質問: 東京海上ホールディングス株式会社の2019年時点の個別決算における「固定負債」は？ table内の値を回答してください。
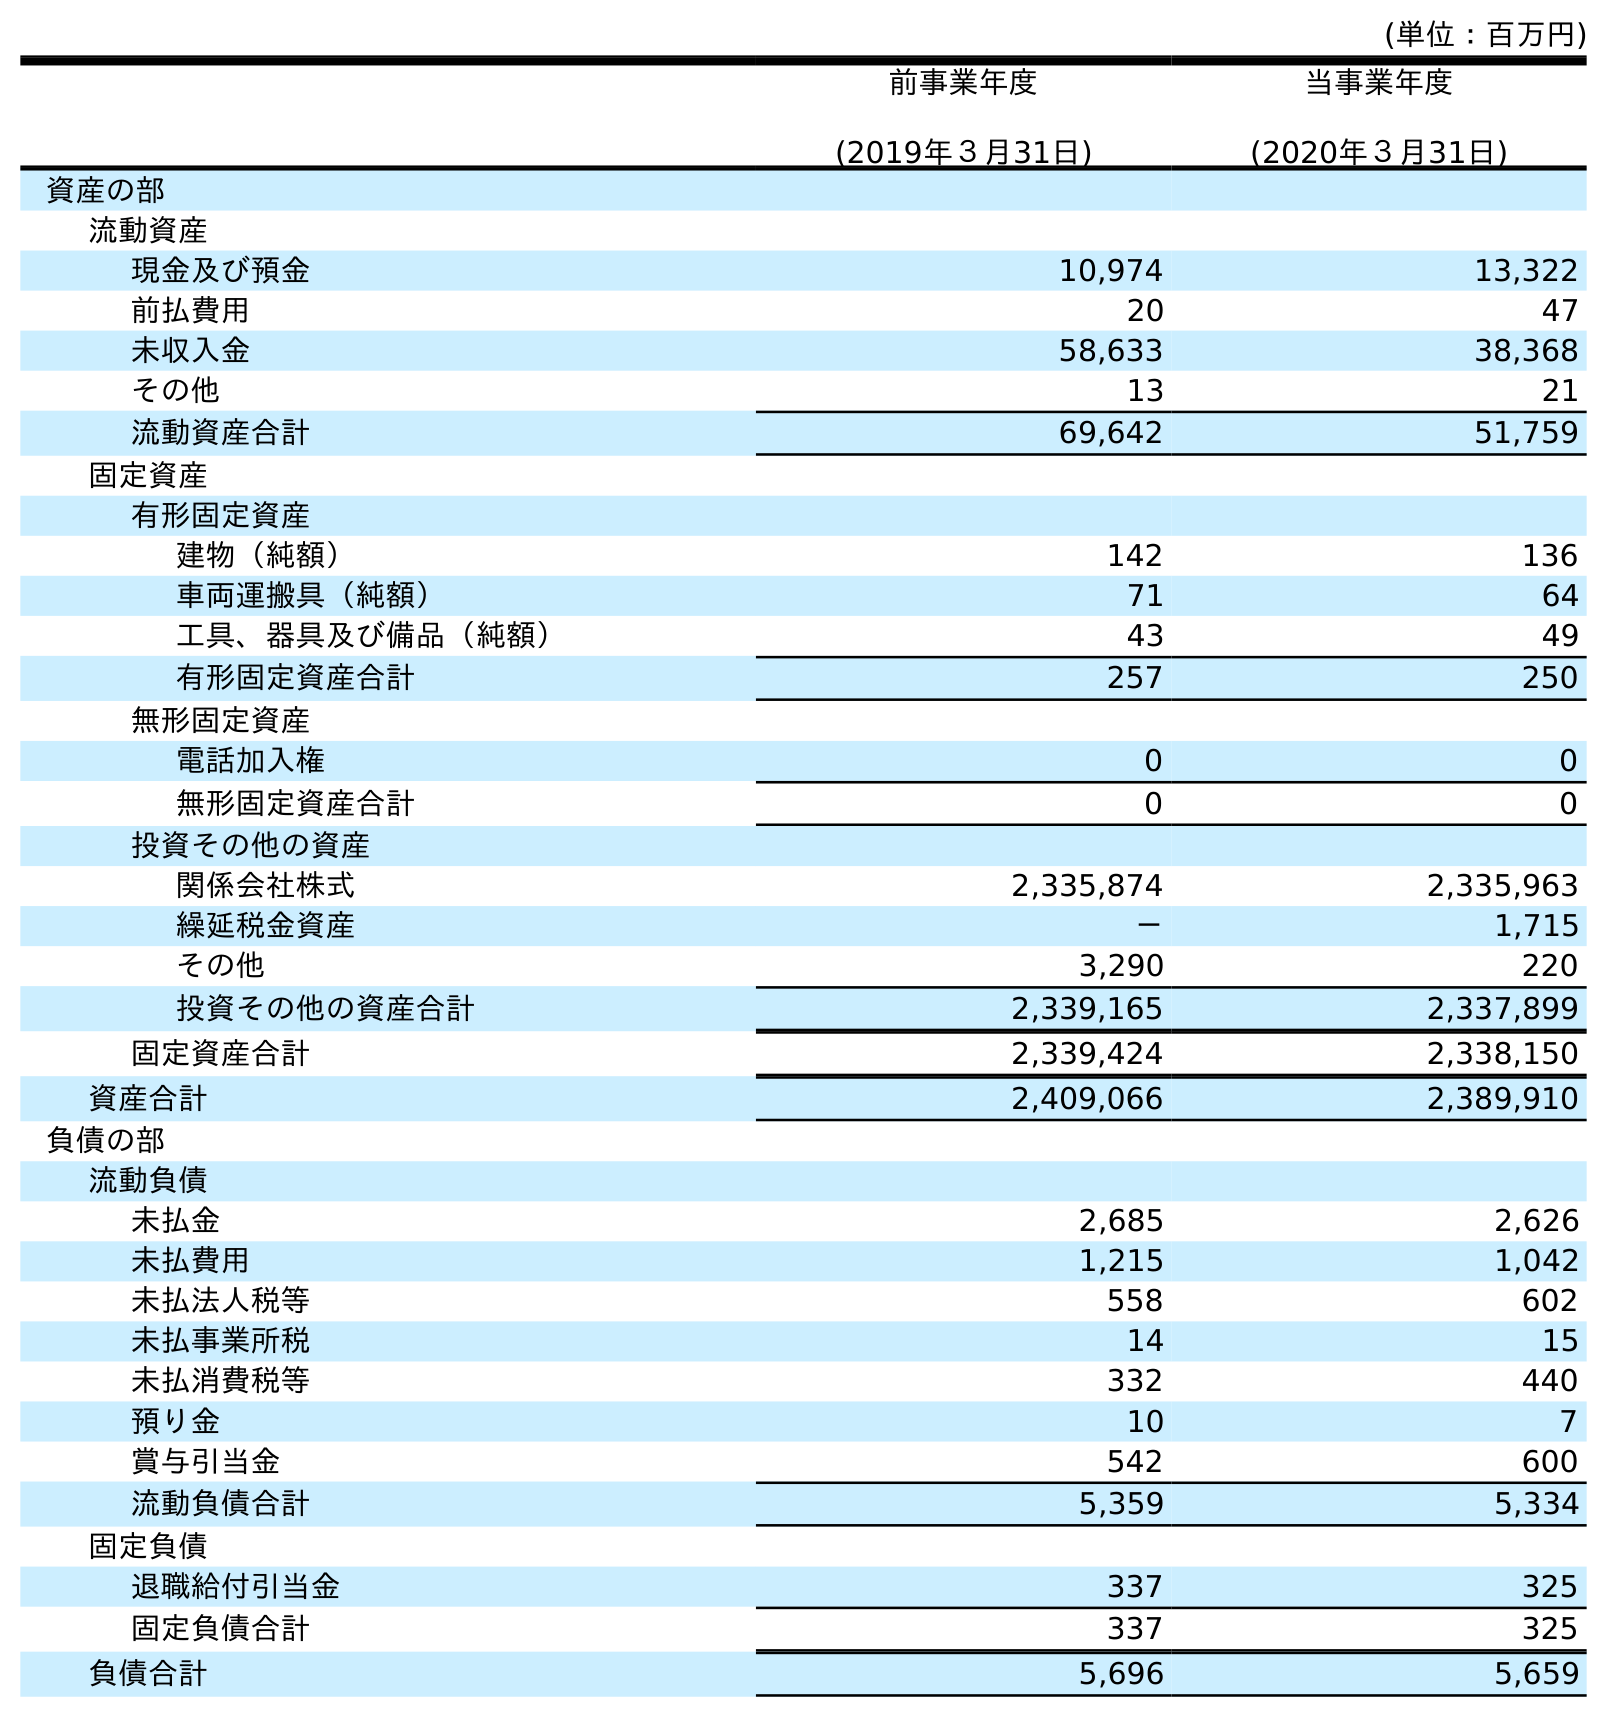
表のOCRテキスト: (単位：百万円) 前事業年度 (2019年３月31日) 当事業年度 (2020年３月31日) 資産の部 流動資産 現金及び預金 10,974 13,322 前払費用 20 47 未収入金 58,633 38,368 その他 13 21 流動資産合計 69,642 51,759 固定資産 有形固定資産 建物（純額） 142 136 車両運搬具（純額） 71 64 工具、器具及び備品（純額） 43 49 有形固定資産合計 257 250 無形固定資産 電話加入権 0 0 無形固定資産合計 0 0 投資その他の資産 関係会社株式 2,335,874 2,335,963 繰延税金資産 － 1,715 その他 3,290 220 投資その他の資産合計 2,339,165 2,337,899 固定資産合計 2,339,424 2,338,150 資産合計 2,409,066 2,389,910 負債の部 流動負債 未払金 2,685 2,626 未払費用 1,215 1,042 未払法人税等 558 602 未払事業所税 14 15 未払消費税等 332 440 預り金 10 7 賞与引当金 542 600 流動負債合計 5,359 5,334 固定負債 退職給付引当金 337 325 固定負債合計 337 325 負債合計 5,696 5,659
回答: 337